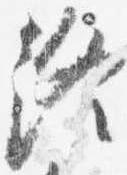
終